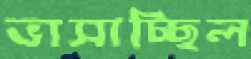
ভাসাচ্ছিল